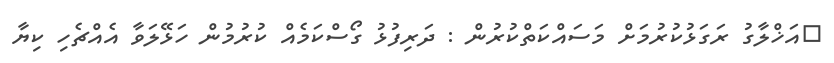
އަޚްލާގު ރަގަޅުކުރުމަށް މަސައްކަތްކުރުން : ދަރިފުޅު ގޯސްކަމެއް ކުރުމުން ހަޅޭލަވާ އެއްޗެހި ކިޔާ